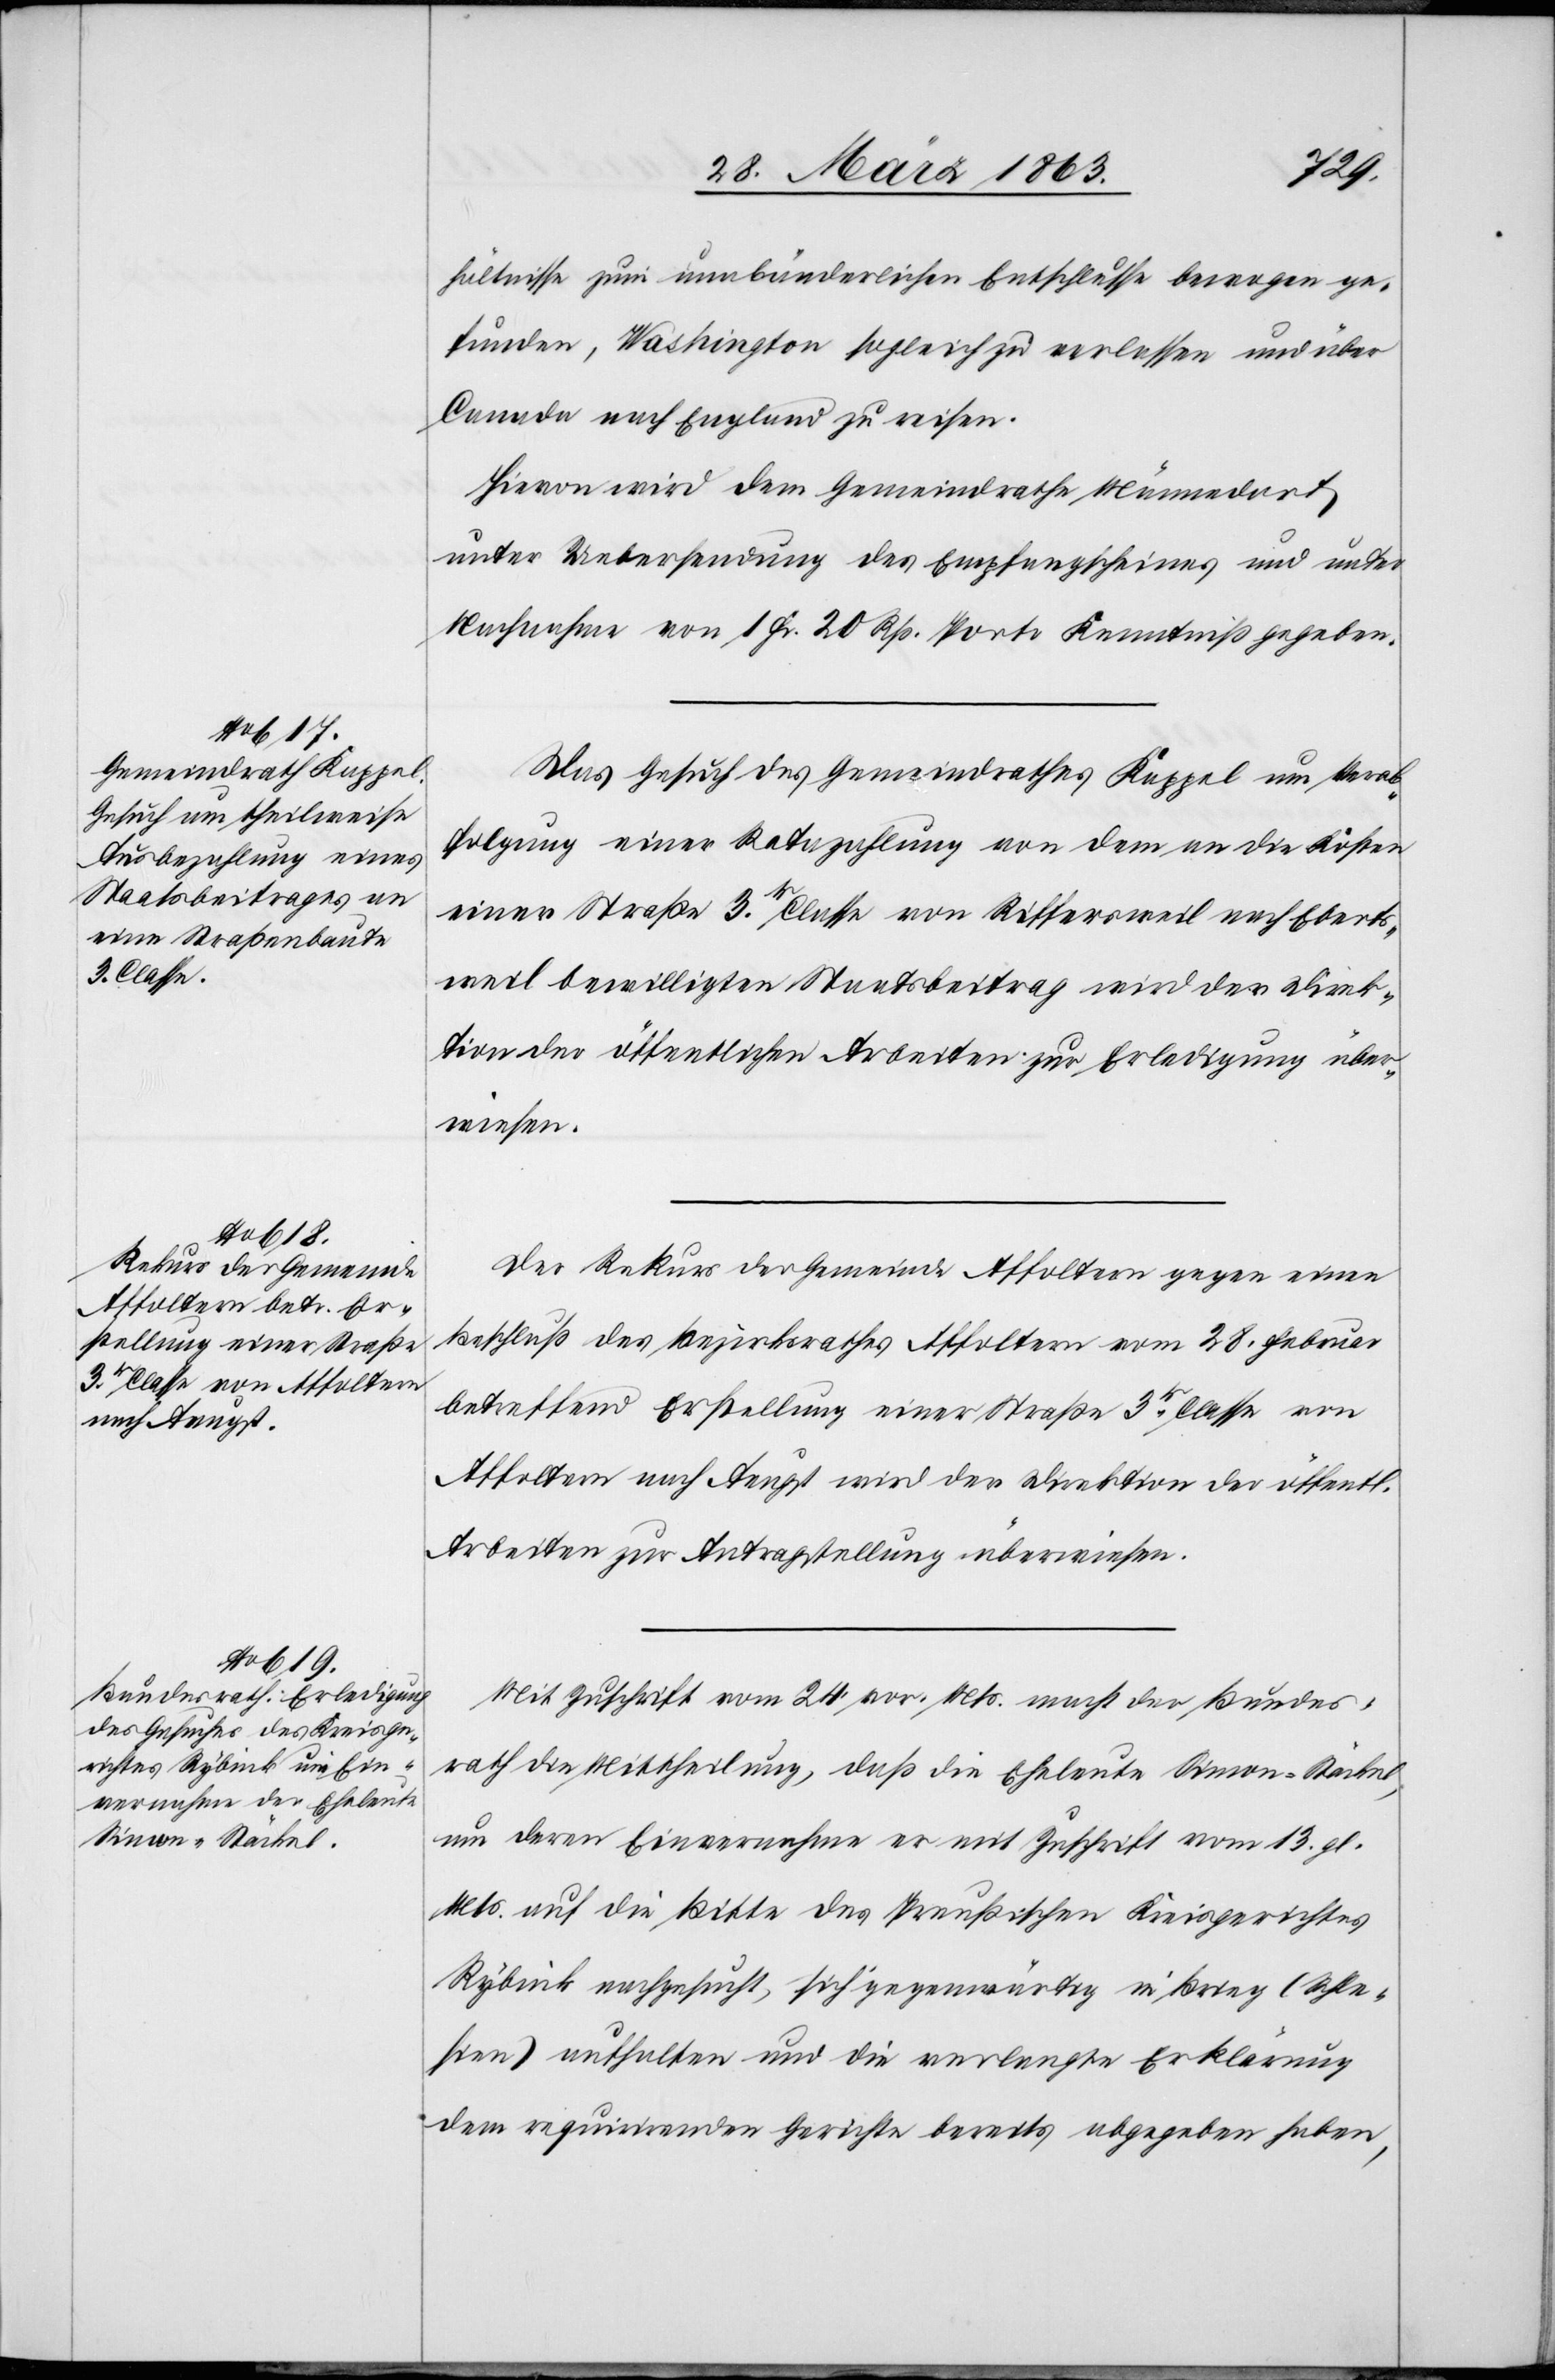
hältnisse zum unabänderlichen Entschlusse bewogen ge¬
funden, Washington sogleich zu verlassen und über
Canada nach England zu reisen.
Hievon wird dem Gemeindrathe Männedorf,
unter Uebersendung des Empfangscheines und unter
Nachnahme von 1 Fr. 20 Rp. Porto Kenntniß gegeben.
Das Gesuch des Gemeindrathes Kappel um Verab¬
folgung einer Ratazahlung von dem an die Kosten
einer Straße 3r. Classe von Riffersweil nach Eberts¬
weil bewilligten Staatsbeitrag wird der Direk¬
tion der öffentlichen Arbeiten zur Erledigung über¬
wiesen.
Der Rekurs der Gemeinde Affoltern gegen einen
Beschluß des Bezirksrathes Affoltern vom 28. Februar
betreffend Erstellung einer Straße 3r Classe von
Affoltern nach Aeugst wird der Direktion der öffentl.
Arbeiten zur Antragstellung überwiesen.
Mit Zuschrift vom 24. vor. Mts. macht der Bundes¬
rath die Mittheilung, daß die Eheleute Simon-Stäckel,
um deren Einvernahme er mit Zuschrift vom 13. gl.
Mts. auf die Bitte des Preußischen Kreisgerichtes
Rybnik nachgesucht, sich gegenwärtig in Brieg (Schle¬
sien) aufhalten und die verlangte Erklärung
dem requirirenden Gerichte bereits abgegeben haben,